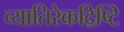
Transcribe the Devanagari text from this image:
व्यातिरेकद्रिष्टि